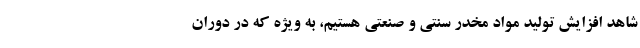
شاهد افزایش تولید مواد مخدر سنتی و صنعتی هستیم، به ویژه که در دوران